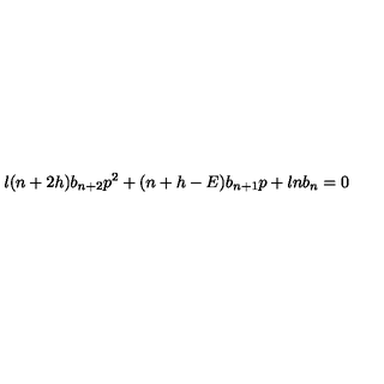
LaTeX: \l ( n + 2 h ) b _ { n + 2 } p ^ { 2 } + ( n + h - E ) b _ { n + 1 } p + \l n b _ { n } = 0